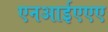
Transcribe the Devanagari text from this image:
एनआईएएए